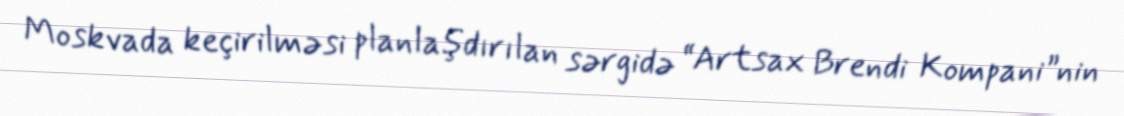
Moskvada keçirilməsi planlaşdırılan sərgidə “Artsax Brendi Kompani”nin